Leaving Certificate Examination, 1920
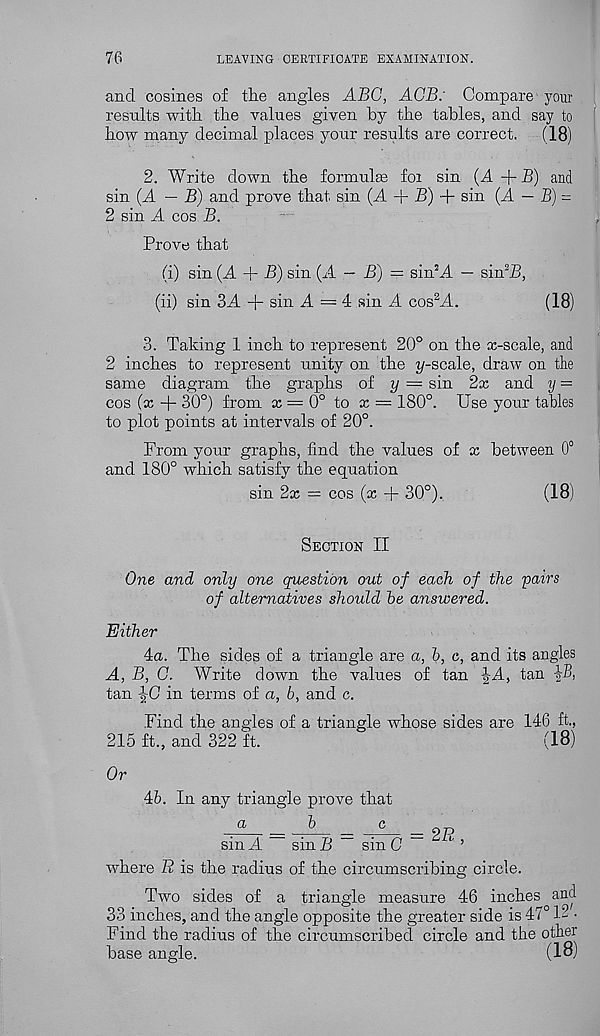
76
LEAVING CERTIFICATE EXAMINATION.
and cosines of the angles ABC, AGB: Compare your
results with the values given by the tables, and say to
how many decimal places your results are correct.
(18)
2. Write down the formulae foi sin (A + B) and
sin (A — B) and prove that, sin (A + B) + sin (A — B) =
2 sin A cos B.
Prove that
(i) sin (A + B) sin (A — B) = sin 2 A — sin 2 jB,
(ii) sin 3A + sin A = 4 sin A cos 2 A.
(18)
3. Taking 1 inch to represent 20° on the x-scale, and
2 inches to represent unity on the j/-scale, draw on the
same diagram the graphs of y — sin 2x and y =
cos (x + 30°) from x = 0° to x = 180°. Use your tables
to plot points at intervals of 20°.
From your graphs, find the values of x between 0°
and 180° which satisfy the equation
sin 2x = cos (x + 30°).
(18)
Section II
One and only one question out of each of the pairs
of alternatives should he answered.
Either
4a. The sides of a triangle are a, b, c, and its angles
A, B, C. Write down the values of tan |-A, tan
tan -|-C in terms of a, b, and c.
Find the angles of a triangle whose sides are 146 ft.,
215 ft., and 322 ft.
(18)
Or
46. In any triangle prove that
c — = 9P
sin A
sin B
sin G
^ ’
where B is the radius of the circumscribing circle.
Two sides of a triangle measure 46 inches and
33 inches, and the angle opposite the greater side is 47° 1- •
Find the radius of the circumscribed circle and the other
base angle.
(18)